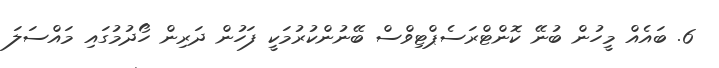
6. ބައެއް މީހުން ބުނޭ ކޮންޓްރަސެޕްޓިވްސް ބޭނުންކުރުމަކީ ފަހުން ދަރިން ހޯދުމުގައި މައްސަލަ